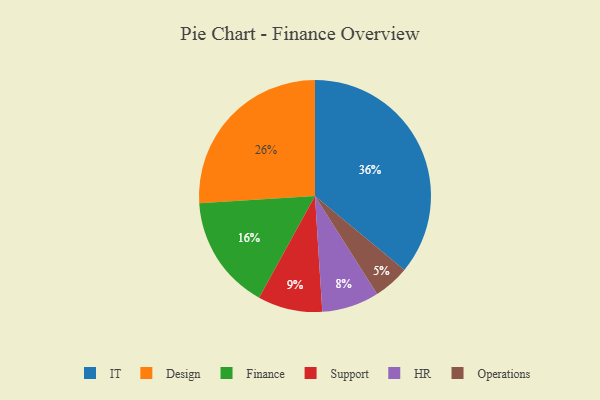
{"axis": {"x": "Category", "y": "Percentage"}, "legend": ["Design", "Finance", "HR", "IT", "Operations", "Support"], "data": [{"x": "Operations", "y": 5, "type": "Operations"}, {"x": "Design", "y": 26, "type": "Design"}, {"x": "IT", "y": 36, "type": "IT"}, {"x": "Finance", "y": 16, "type": "Finance"}, {"x": "Support", "y": 9, "type": "Support"}, {"x": "HR", "y": 8, "type": "HR"}]}